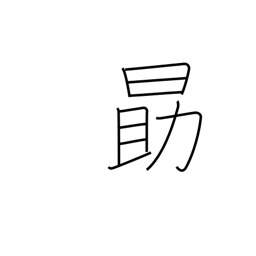
Meaning: be diligent